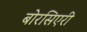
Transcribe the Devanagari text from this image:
बोरसिएरी